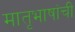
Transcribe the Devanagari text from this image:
मातृभाषांची